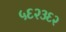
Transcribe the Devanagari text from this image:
५६२३६२